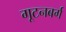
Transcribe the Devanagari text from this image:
गूटनबर्ग